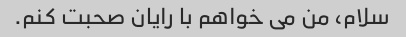
سلام، من می خواهم با رایان صحبت کنم.